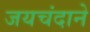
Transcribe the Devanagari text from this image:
जयचंदाने